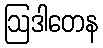
ဩဒါတေန